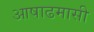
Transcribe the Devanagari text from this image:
आषाढमासी